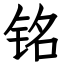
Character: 铭